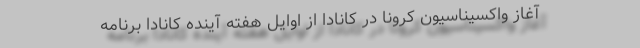
آغاز واکسیناسیون کرونا در کانادا از اوایل هفته آینده کانادا برنامه